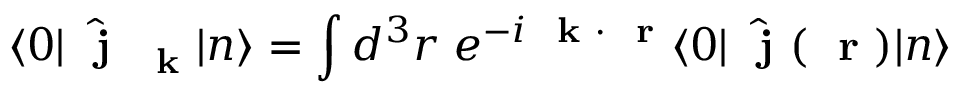
\langle 0 | \hat { \mathrm { ~ \bf ~ j ~ } } _ { \mathrm { ~ \bf ~ k ~ } } | n \rangle = \int d ^ { 3 } r \; e ^ { - i \mathrm { ~ \bf ~ k ~ } \cdot \mathrm { ~ \bf ~ r ~ } } \langle 0 | \hat { \mathrm { ~ \bf ~ j ~ } } ( \mathrm { ~ \bf ~ r ~ } ) | n \rangle